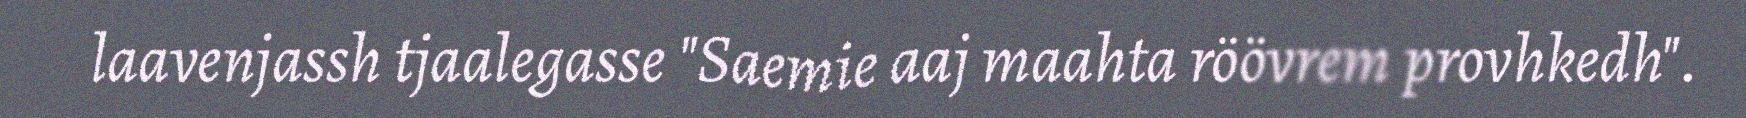
laavenjassh tjaalegasse "Saemie aaj maahta röövrem provhkedh".